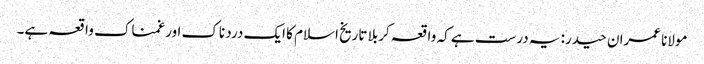
مولانا عمران حیدر: یہ درست ہے کہ واقعہ کربلا تاریخ اسلام کا ایک درد ناک اور غمناک واقعہ ہے۔